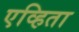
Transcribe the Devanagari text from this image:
एव्हिता